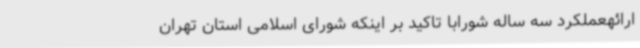
ارائهعملکرد سه ساله شورابا تاکید بر اینکه شورای اسلامی استان تهران